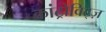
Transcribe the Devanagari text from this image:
कांट्रोविट्ज़